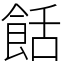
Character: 餂